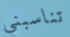
تناسبني